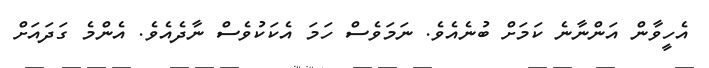
އެހީވާން އަންނާނެ ކަމަށް ބުނެއެވެ. ނަމަވެސް ހަމަ އެކަކުވެސް ނާދެއެވެ. އެންމެ ގަދައަށް